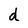
Character: d